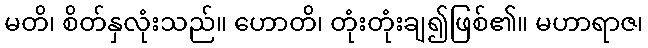
မတိ၊ စိတ်နှလုံးသည်။ ဟောတိ၊ တုံးတုံးချ၍ဖြစ်၏။ မဟာရာဇ၊